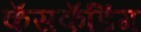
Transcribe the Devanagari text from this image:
कॅसकॅडिंग